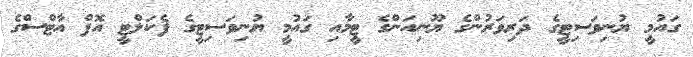
ގައުމީ ޔުނިވަސިޓީގެ ދަރިވަރުންގެ ޔޫނިއަންގެ ޓީމާއި ގައުމީ ޔުނިވަސިޓީގެ ފެކަލްޓީ އޮފް އާޓްސްގެ